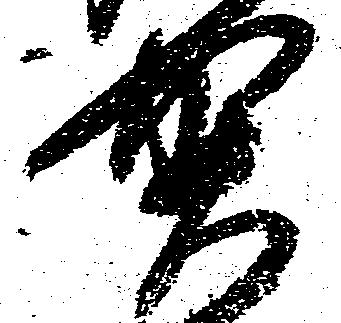
賀